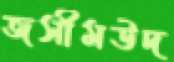
জসীমউদ